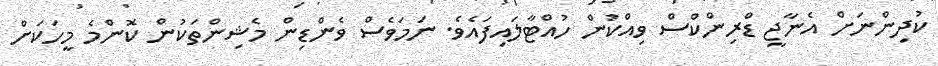
ކުދިންނަށް އެނާޖީ ޑްރިންކްސް ވިއްކުން ހުއްޓާލައިފައެވެ. ނަމަވެސް ވެންޑިން މެޝިންތަކުން ކޮންމެ މީހަކަށް